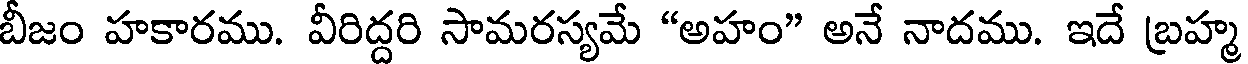
బీజం హకారము. వీరిద్దరి సామరస్యమే "అహం" అనే నాదము. ఇదే బ్రహ్మ